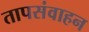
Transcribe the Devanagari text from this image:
तापसंवाहन